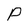
Character: P